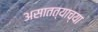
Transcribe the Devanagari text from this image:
असातत्याच्या